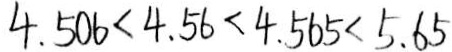
4 . 5 0 6 < 4 . 5 6 < 4 . 5 6 5 < 5 . 6 5